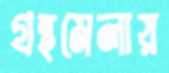
গ্রন্থমেলায়